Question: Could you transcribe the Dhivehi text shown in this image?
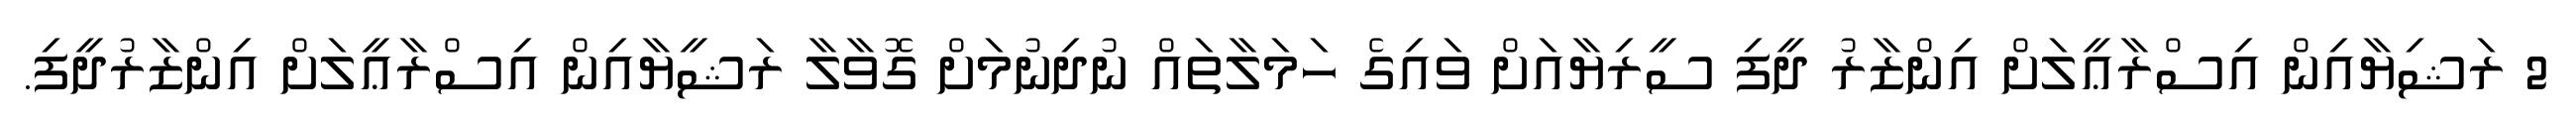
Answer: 2 ރަޝިޔާއިން އިސްރާޢީލަށް އިންޒާރު ދީފި ސީރިޔާއަށް ވައިގެ ހަމަލާތައް ނުދިނުމަށް ގޮވާލާ ރަޝީޔާއިން އިސްރާޢީލަށް އިންޒާރުދީފި.